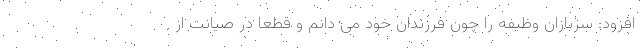
افزود: سربازان وظیفه را چون فرزندان خود می دانم و قطعا در صیانت از